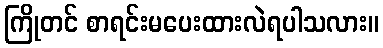
ကြိုတင် စာရင်းမပေးထားလဲရပါသလား။